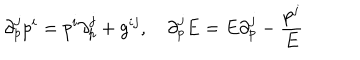
\partial _ { p } ^ { j } p ^ { i } = p ^ { i } \partial _ { p } ^ { j } + g ^ { i j } , \quad \partial _ { p } ^ { j } E = E \partial _ { p } ^ { j } - \frac { p ^ { j } } { E }